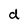
Character: d